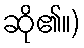
ဆို၏။)